Annual report of the Punjab Veterinary College and of the Civil Veterinary Department, Punjab - 1909-1919
Year: 1909
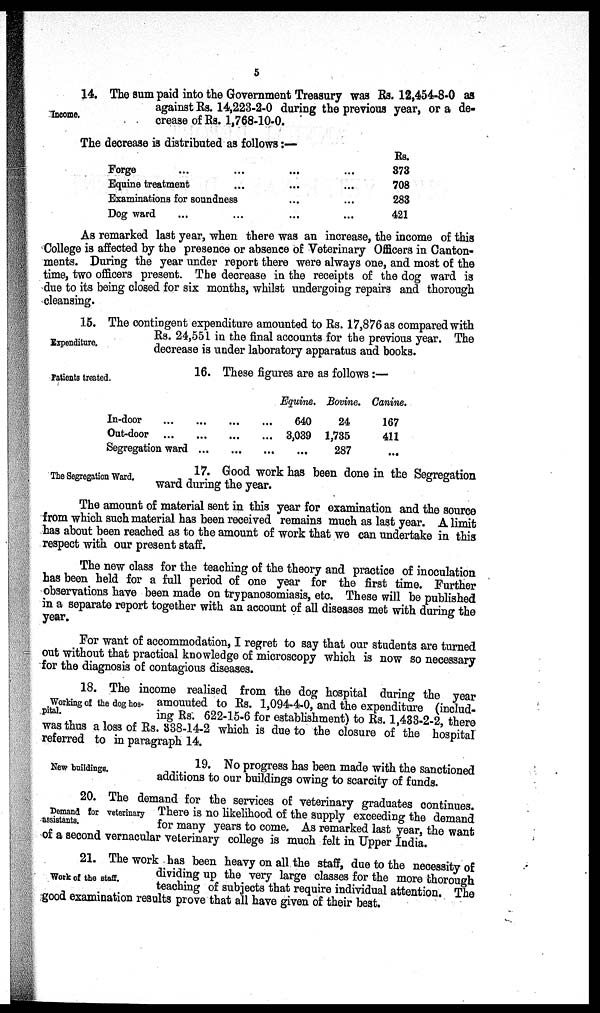
5
Income.
14. The sum paid into the Government Treasury was Rs. 12,454-8-0 as
against Rs. 14,223-2-0 during the previous year, or a de-
crease of Rs. 1,768-10-0.
The decrease is distributed as follows:—
Forge … … … ...
Equine treatment … … ...
Examinations for soundness … ...
Dog ward … … … ...
Rs.
373
708
283
421
As remarked last year, when there was an increase, the income of this
College is affected by the presence or absence of Veterinary Officers in Canton-
ments. During the year under report there were always one, and most of the
time, two officers present. The decrease in the receipts of the dog ward is
due to its being closed for six months, whilst undergoing repairs and thorough
cleansing.
Expenditure.
15. The contingent expenditure amounted to Rs. 17,876 as compared with
Rs. 24,551 in the final accounts for the previous year. The
decrease is under laboratory apparatus and books.
Patients treated.
16. These figures are as follows :—
In-door ...
Out-door ...
Segregation ward
…
...
...
…
...
...
…
...
…
Equine.
640
3,039
...
Bovine.
24
1,735
287
Canine.
167
411
...
The Segregation Ward.
17. Good work has been done in the Segregation
ward during the year.
The amount of material sent in this year for examination and the source
from which such material has been received remains much as last year. A limit
has about been reached as to the amount of work that we can undertake in this
respect with our present staff.
The new class for the teaching of the theory and practice of inoculation
has been held for a full period of one year for the first time. Further
observations have been made on trypanosomiasis, etc. These will be published
in a separate report together with an account of all diseases met with during the
year.
For want of accommodation, I regret to say that our students are turned
out without that practical knowledge of microscopy which is now so necessary
for the diagnosis of contagious diseases.
Working of the dog hos-
pital.
18. The income realised from the dog hospital during the year
amounted to Rs. 1,094-4-0, and the expenditure (includ-
ing Rs. 622-15-6 for establishment) to Rs. 1,433-2-2, there
was thus a loss of Rs. 338-14-2 which is due to the closure of the hospital
referred to in paragraph 14.
New buildings.
19. No progress has been made with the sanctioned
additions to our buildings owing to scarcity of funds.
Demand for veterinary
assistants.
20. The demand for the services of veterinary graduates continues.
There is no likelihood of the supply exceeding the demand
for many years to come. As remarked last year, the want
of a second vernacular veterinary college is much felt in Upper India.
Work of the staff.
21. The work has been heavy on all the staff, due to the necessity of
dividing up the very large classes for the more thorough
teaching of subjects that require individual attention. The
good examination results prove that all have given of their best.